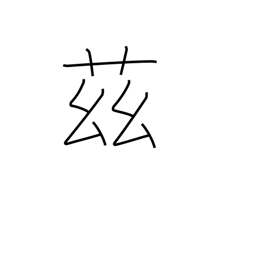
Meaning: here